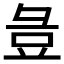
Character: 𭛏